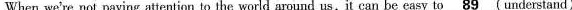
When we're not paying attention to the world around us, it can be easy to \underline{89}understand